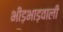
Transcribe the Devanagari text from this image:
भीड़भाड़वाली